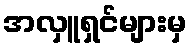
အလှူရှင်များမှ